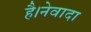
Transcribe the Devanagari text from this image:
है।नेवादा